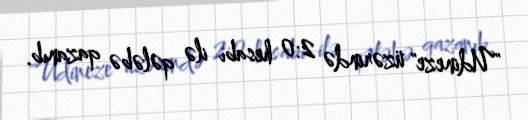
"Udineze" üzərində 2:0 hesabı ilə qələbə qazanıb.